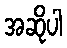
အဆိုပါ